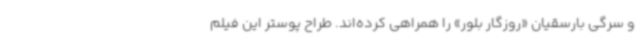
و سرگی بارسقیان «روزگار بلور» را همراهی کرده‌اند. طراح پوستر این فیلم